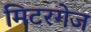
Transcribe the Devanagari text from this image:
मिटरगेज